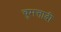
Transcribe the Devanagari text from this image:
चुमत्तादी